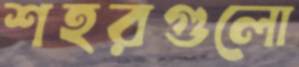
শহরগুলো